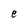
Character: e